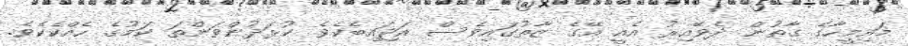
މައިމީހާގެ ގާތުން ދެވޭއިރު އެއީ އޭގެ ޒާތުގައިވެސް އަޖައިބެކެވެ. ކުޅަދުންވަންތަ ކަމުގެ ހެއްކެކެވެ.